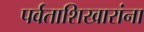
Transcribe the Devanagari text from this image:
पर्वताशिखारांना